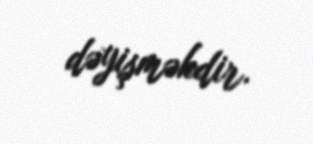
dəyişməkdir.